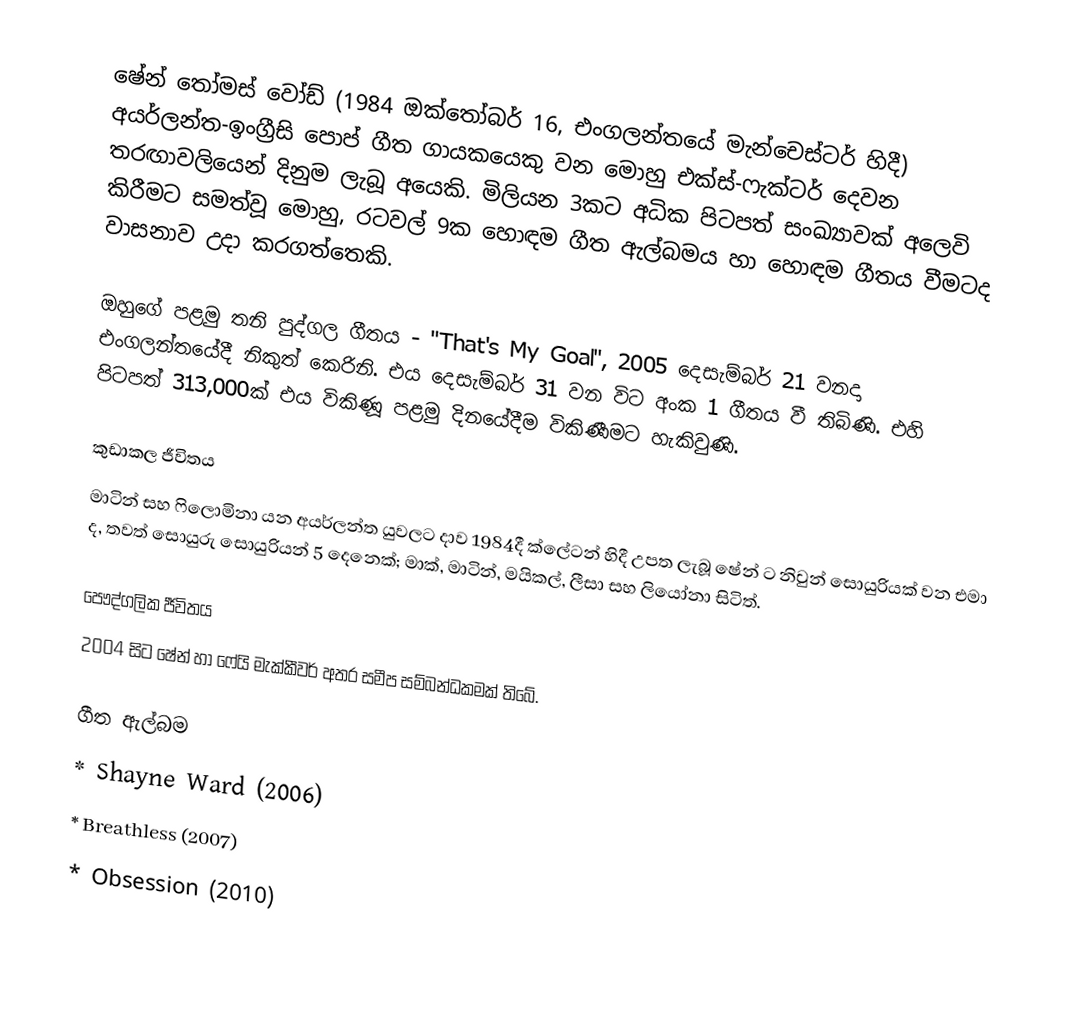
ෂේන් තෝමස් වෝඩ් (1984 ඔක්තෝබර් 16, එංගලන්තයේ මැන්චෙස්ටර් හිදී) අයර්ලන්ත-ඉංග්‍රීසි පොප් ගීත ගායකයෙකු වන මොහු එක්ස්-ෆැක්ටර් දෙවන තරඟාවලියෙන් දිනුම ලැබූ අයෙකි. මිලියන 3කට අධික පිටපත් සංඛ්‍යාවක් අලෙවි කිරීමට සමත්වූ මොහු, රටවල් 9ක හොඳම ගීත ඇල්බමය හා හොඳම ගීතය වීමටද වාසනාව උදා කරගත්තෙකි.

ඔහුගේ පළමු තනි පුද්ගල ගීතය - "That's My Goal", 2005 දෙසැම්බර් 21 වනදා එංගලන්තයේදී නිකුත් කෙරිනි. එය දෙසැම්බර් 31 වන විට අංක 1 ගීතය වී තිබිණි. එහි පිටපත් 313,000ක් එය විකිණූ පළමු දිනයේදීම විකිණීමට හැකිවුණි.

කුඩාකල ජීවිතය
මාටින් සහ ෆිලොමිනා යන අයර්ලන්ත යුවලට දාව 1984දී ක්ලේටන් හිදී උපත ලැබූ ෂේන් ට නිවුන් සොයුරියක් වන එමා ද, තවත් සොයුරු සොයුරියන් 5 දෙනෙක්; මාක්, මාටින්, මයිකල්, ලීසා සහ ලියෝනා සිටිත්.

පෞද්ගලික ජීවිතය
2004 සිට ෂේන් හා ෆේයි මැක්කීවර් අතර සමීප සම්බන්ධකමක් තිබේ.

ගීත ඇල්බම
 * Shayne Ward (2006)
 * Breathless (2007)
 * Obsession (2010)